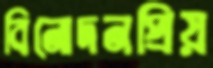
বিনোদনপ্রিয়